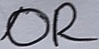
Text: OR